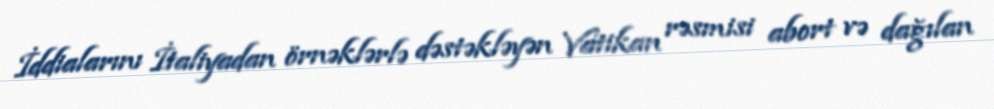
İddialarını İtaliyadan örnəklərlə dəstəkləyən Vatikan rəsmisi abort və dağılan